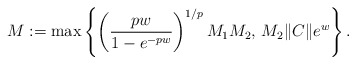
\begin{align*}M := \max \left\{\left(\frac{pw}{1-e^{-pw}}\right)^{1/p}M_1M_2,\,M_2 \|C\| e^{w}\right\}.\end{align*}